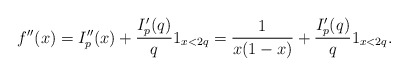
\begin{align*} f''(x) = I''_p(x) + \frac{I'_p(q)}{q} 1_{x < 2q} = \frac{1}{x(1-x)} + \frac{I'_p(q)}{q} 1_{x < 2q}. \end{align*}